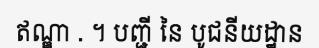
ឥណ្ឌា . ។ បញ្ជី នៃ បូជនីយដ្ឋាន